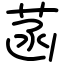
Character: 菡